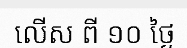
លើស ពី ១០ ថ្ងៃ